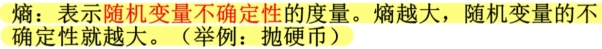
熵：表示随机变量不确定性的度量。熵越大，随机变量的不确定性就越大。（举例：抛硬币）